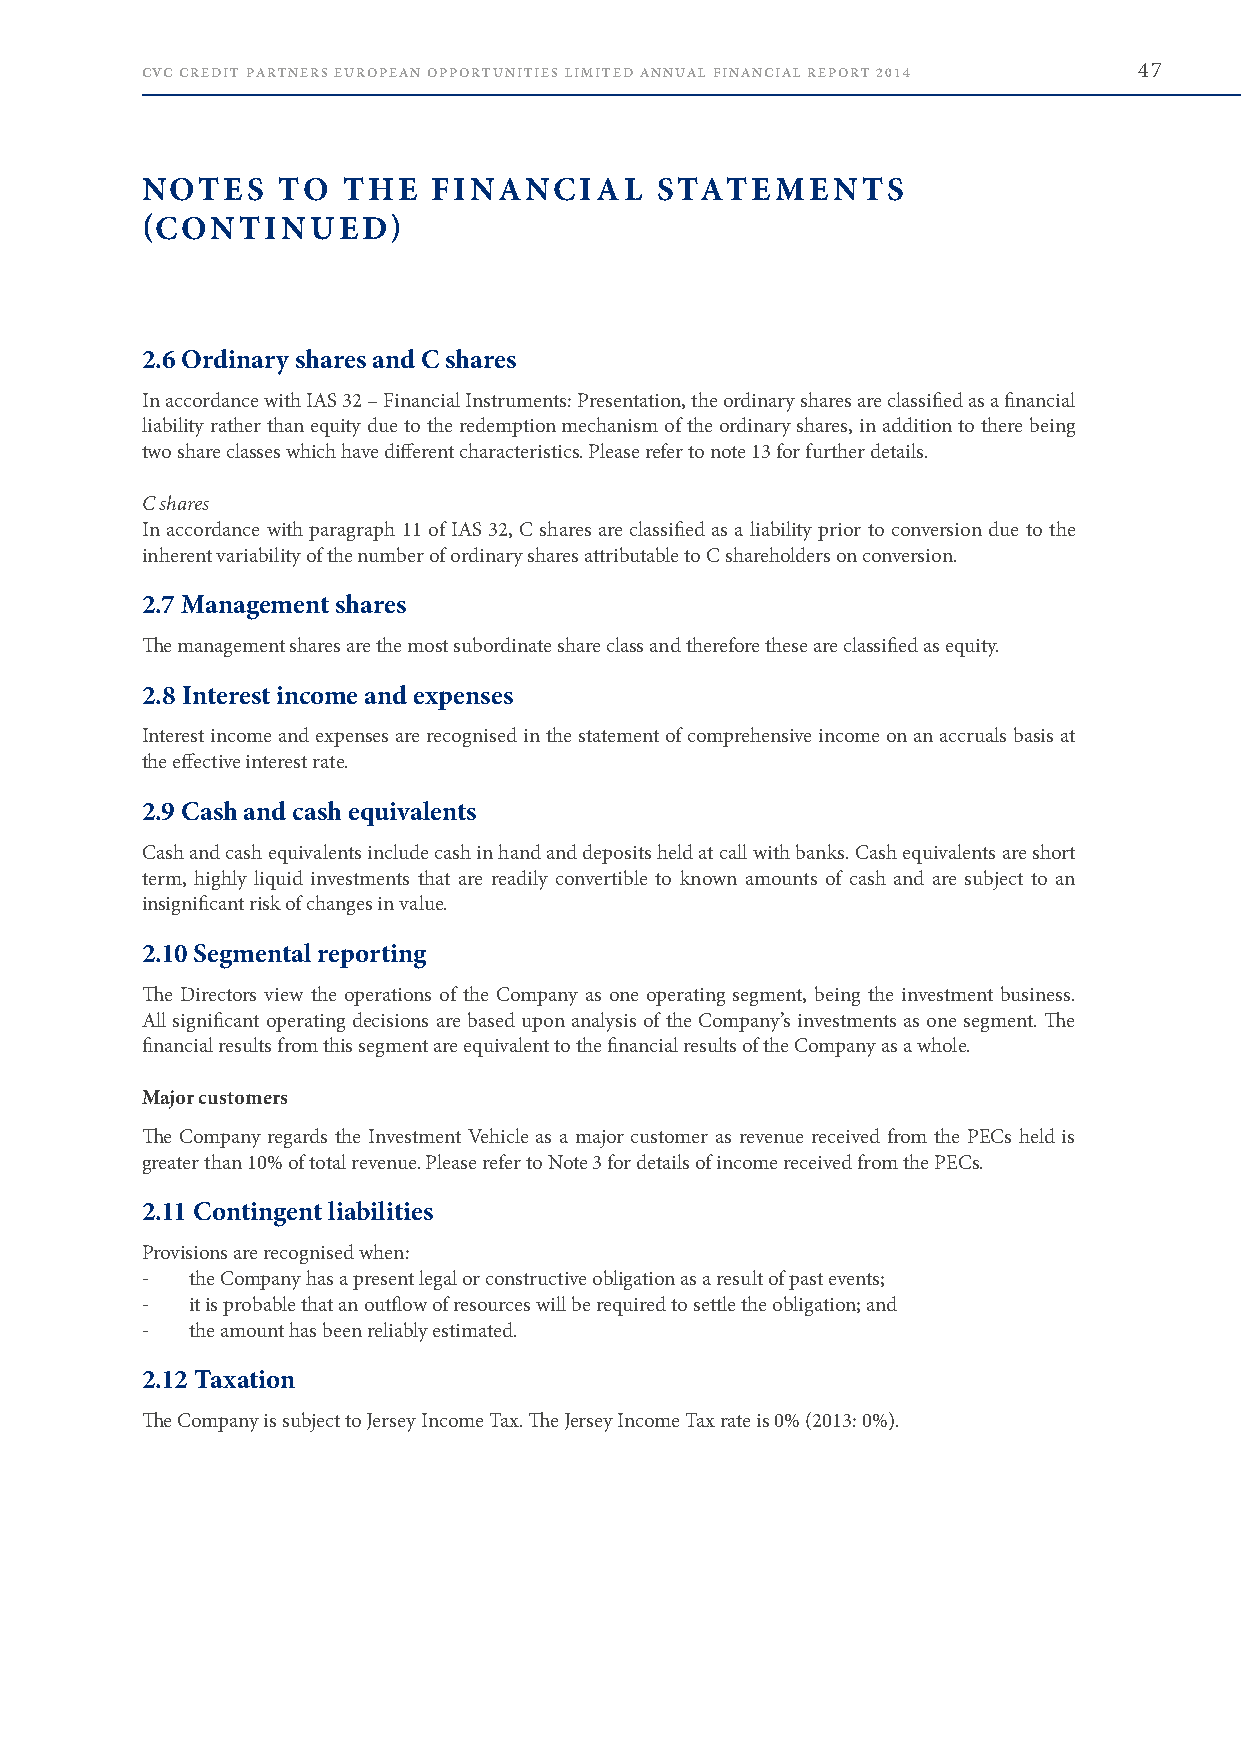
CVC CREDIT PARTNERS EUROPEAN OPPORTUNITIES LIMITED ANNUAL FINANCIAL REPORT 2014 47
 NOTES    TO   THE   FINANCIAL     STATEMENTS
 (CONTINUED)
 2.6 Ordinary shares and C shares
 In accordance with IAS 32 – Financial Instruments: Presentation, the ordinary shares are classified as a financial
 liability rather than equity due to the redemption mechanism of the ordinary shares, in addition to there being
 two share classes which have different characteristics . Please refer to note 13 for further details .
 C shares
 In accordance with paragraph 11 of IAS 32, C shares are classified as a liability prior to conversion due to the
 inherent variability of the number of ordinary shares attributable to C shareholders on conversion .
 2.7 Management shares
 The management shares are the most subordinate share class and therefore these are classified as equity .
 2.8 Interest income and expenses
 Interest income and expenses are recognised in the statement of comprehensive income on an accruals basis at
 the effective interest rate .
 2.9 Cash and cash equivalents
 Cash and cash equivalents include cash in hand and deposits held at call with banks . Cash equivalents are short
 term, highly liquid investments that are readily convertible to known amounts of cash and are subject to an
 insignificant risk of changes in value .
 2.10 Segmental reporting
 The Directors view the operations of the Company as one operating segment, being the investment business .
 All significant operating decisions are based upon analysis of the Company’s investments as one segment . The
 financial results from this segment are equivalent to the financial results of the Company as a whole .
 Major customers
 The Company regards the Investment Vehicle as a major customer as revenue received from the PECs held is
 greater than 10% of total revenue . Please refer to Note 3 for details of income received from the PECs .
 2.11 Contingent liabilities
 Provisions are recognised when:
 -   the Company has a present legal or constructive obligation as a result of past events;
 -   it is probable that an outflow of resources will be required to settle the obligation; and
 -   the amount has been reliably estimated .
 2.12 Taxation
 The Company is subject to Jersey Income Tax . The Jersey Income Tax rate is 0% (2013: 0%) .